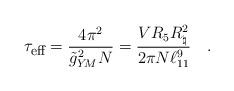
LaTeX: \begin{align*}\tau_{\mbox{\footnotesize{eff}}} = {\frac{4\pi^2}{{\tilde{g}}_{Y\!M}^2N}} = {\frac{VR_5R_\natural^2}{2\pi{N}\ell_{11}^9}} \quad .\end{align*}